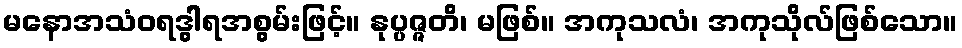
မနောအသံဝရဒွါရအစွမ်းဖြင့်။ နုပ္ပဇ္ဇတိ၊ မဖြစ်။ အကုသလံ၊ အကုသိုလ်ဖြစ်သော။